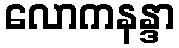
လောကနန္ဒာ